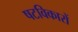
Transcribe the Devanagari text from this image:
षटविकारों